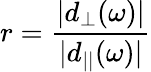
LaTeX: r=\frac{|d_{\perp}(\omega)|}{|d_{||}(\omega)|}